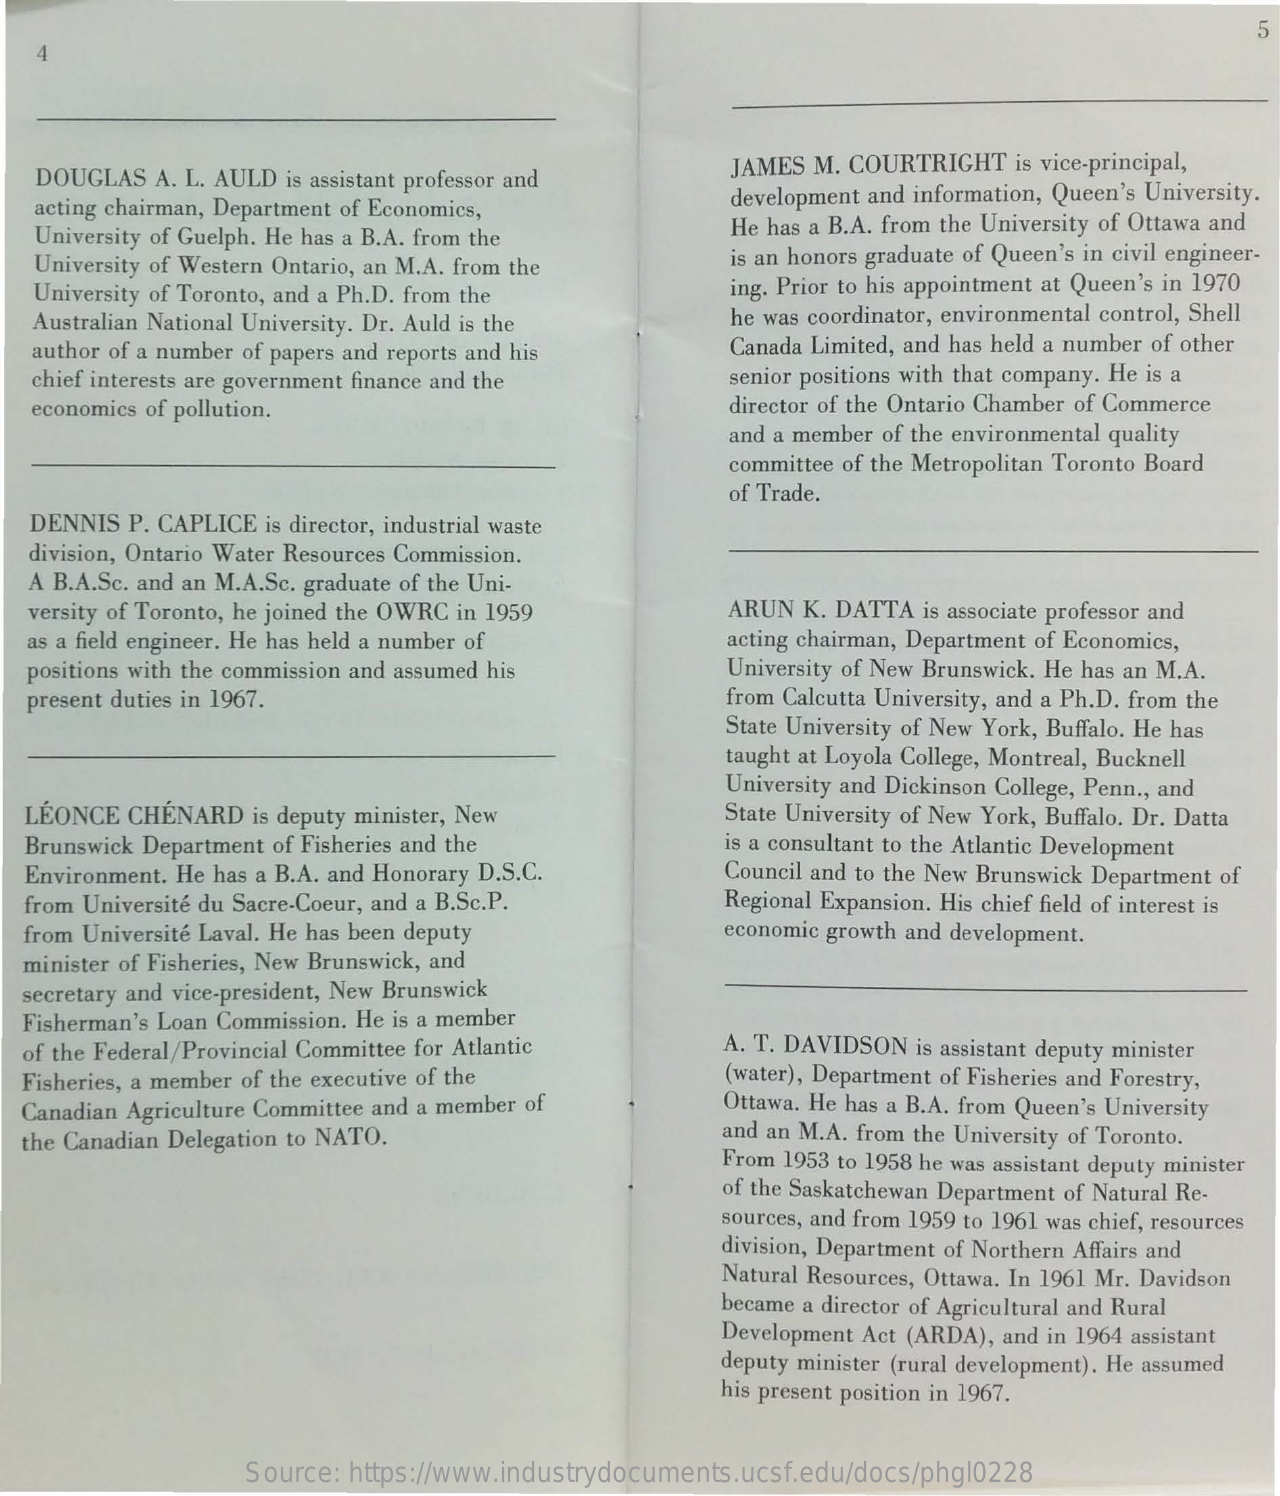
5
  DOUGLAS  A. L. AULD is assistant professor and
     JAMES M. COURTRIGHT is vice-principal,
  acting chairman, Department of Economics,    development and information, Queen's University.
   University of Guelph. He has a B.A. from the    He has a B.A. from the University of Ottawa and
  University of Western Ontario, an M.A. from the  is an honors graduate of Queen's in civil engineer-
  University of Toronto, and a Ph.D. from the    ing. Prior to his appointment at Queen's in 1970
  Australian National University. Dr. Auld is the  he was coordinator, environmental control, Shell
  author of a number of papers and reports and his Canada Limited, and has held a number of other
  chief interests are government finance and the   senior positions with that company. He is a
  economics of pollution.    director of the Ontario Chamber of Commerce
     and a member of the environmental quality
     committee of the Metropolitan Toronto Board
     of Trade.
  DENNIS P. CAPLICE is director, industrial waste
  division, Ontario Water Resources Commission.
  A B.A.Sc. and an M.A.Sc. graduate of the Uni-
  versity of Toronto, he joined the OWRC in 1959   ARUN K. DATTA is associate professor and
  as a field engineer. He has held a number of    acting chairman, Department of Economics,
  positions with the commission and assumed his    University of New Brunswick. He has an M.A.
  present duties in 1967.    from Calcutta University, and a Ph.D. from the
     State University of New York, Buffalo. He has
     taught at Loyola College, Montreal, Bucknell
     University and Dickinson College, Penn ., and
  LÉONCE CHÉNARD is deputy minister, New    State University of New York, Buffalo. Dr. Datta
  Brunswick Department of Fisheries and the    is a consultant to the Atlantic Development
  Environment. He has a B.A. and Honorary D.S.C.  Council and to the New Brunswick Department of
  from Université du Sacre-Coeur, and a B.Sc.P.   Regional Expansion. His chief field of interest is
  from Université Laval. He has been deputy    economic growth and development.
  minister of Fisheries, New Brunswick, and
  secretary and vice-president, New Brunswick
  Fisherman's Loan Commission. He is a member
  of the Federal/Provincial Committee for Atlantic A. T. DAVIDSON is assistant deputy minister
  Fisheries, a member of the executive of the    (water), Department of Fisheries and Forestry,
  Canadian Agriculture Committee and a member of  Ottawa. He has a B.A. from Queen's University
  the Canadian Delegation to NATO.    and an M.A. from the University of Toronto.
     From 1953 to 1958 he was assistant deputy minister
     of the Saskatchewan Department of Natural Re-
     sources, and from 1959 to 1961 was chief, resources
     division, Department of Northern Affairs and
     Natural Resources, Ottawa. In 1961 Mr. Davidson
     became a director of Agricultural and Rural
     Development Act (ARDA), and in 1964 assistant
     deputy minister (rural development). He assumed
     his present position in 1967.
     Source: https://www.industrydocuments.ucsf.edu/docs/phgl0228